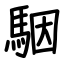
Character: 駰